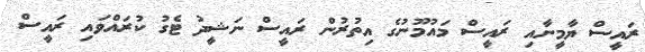
ރައީސް ޔާމީނާއި ރައީސް މައުމޫނުގެ އިތުރުން ރައީސް ނަޝީދު ޓެގު ކުރައްވައި ރައީސް